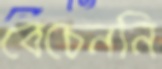
বেচেননি